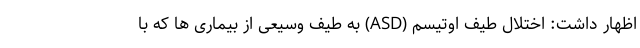
اظهار داشت: اختلال طیف اوتیسم (ASD) به طیف وسیعی از بیماری ها که با